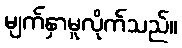
မျက်နှာမူလိုက်သည်။